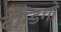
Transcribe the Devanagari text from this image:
वेन्डिगो